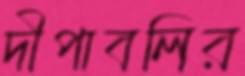
দীপাবলির